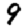
Digit: 9